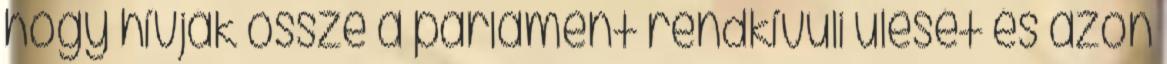
hogy hívják össze a parlament rendkívüli ülését és azon